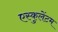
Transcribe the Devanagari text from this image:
एस्कुलेंटम